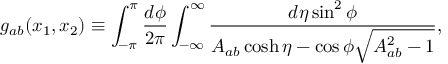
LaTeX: g _ { a b } ( x _ { 1 } , x _ { 2 } ) \equiv \int _ { - \pi } ^ { \pi } \frac { d \phi } { 2 \pi } \int _ { - \infty } ^ { \infty } \frac { d \eta \sin ^ { 2 } \phi } { A _ { a b } \cosh \eta - \cos \phi \sqrt { A _ { a b } ^ { 2 } - 1 } } ,